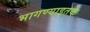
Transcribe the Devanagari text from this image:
भागण्याइतके